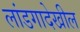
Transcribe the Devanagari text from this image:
लांडगादेखील